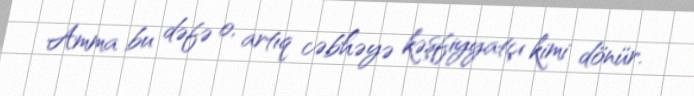
Amma bu dəfə o, artıq cəbhəyə kəşfiyyatçı kimi dönür.